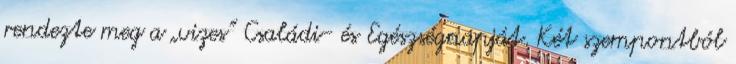
rendezte meg a „vizes” Családi- és Egészségnapját. Két szempontból